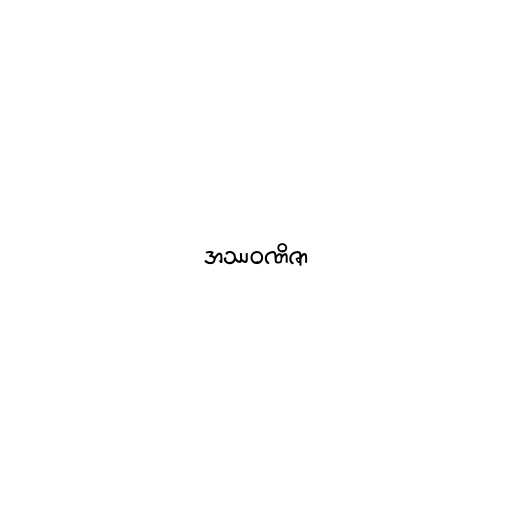
အဿဝဏိဇာ